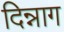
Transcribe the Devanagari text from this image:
दिन्नाग